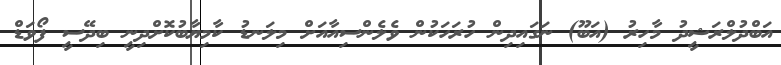
އަބްދުލްރަޝީދު މާހިރު (އަބޫ) ނަގައިދިން ހުރަހަކުން ވެލެންސިއާއަށް މިލަނޑު ކާމިޔާބުކޮށްދިނީ ބިދޭސީ ފޯވަޑް